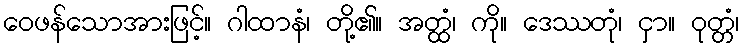
ဝေဖန်သောအားဖြင့်။ ဂါထာနံ၊ တို့၏။ အတ္ထံ၊ ကို။ ဒေဿတုံ၊ ငှာ။ ဝုတ္တံ၊